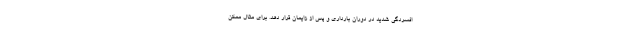
افسردگی شدید در دوران بارداری و پس از زایمان قرار دهد. برای مثال ممکن